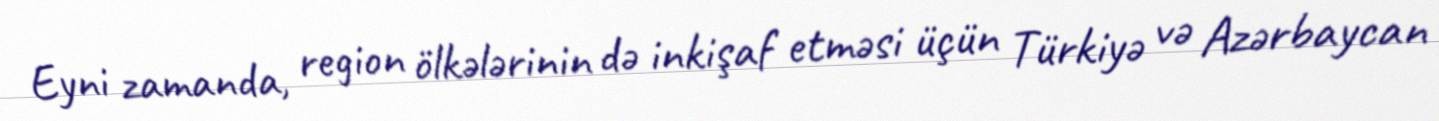
Eyni zamanda, region ölkələrinin də inkişaf etməsi üçün Türkiyə və Azərbaycan